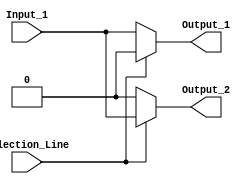
module Demux_1_2 #(parameter Data_Width ='d1 )(

    input  wire                       Selection_Line,
    input  wire [Data_Width-1:0]     Input_1,//Write response
   
    output reg [Data_Width-1:0]     Output_1,//Write response
    output reg  [Data_Width-1:0]    Output_2 //Write response valid signal

);
    always @(*) begin
        if (!Selection_Line) begin
            Output_1=Input_1;
            Output_2='b0;
        end else begin
            Output_1='b0;
            Output_2=Input_1;
        end

    end
endmodule